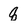
Character: q